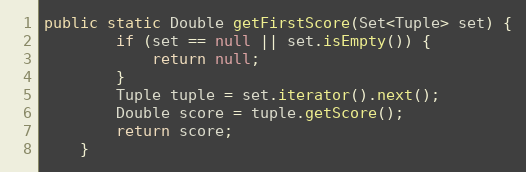
Language: Java
public static Double getFirstScore(Set<Tuple> set) {
		if (set == null || set.isEmpty()) {
			return null;
		}
		Tuple tuple = set.iterator().next();
		Double score = tuple.getScore();
		return score;
	}